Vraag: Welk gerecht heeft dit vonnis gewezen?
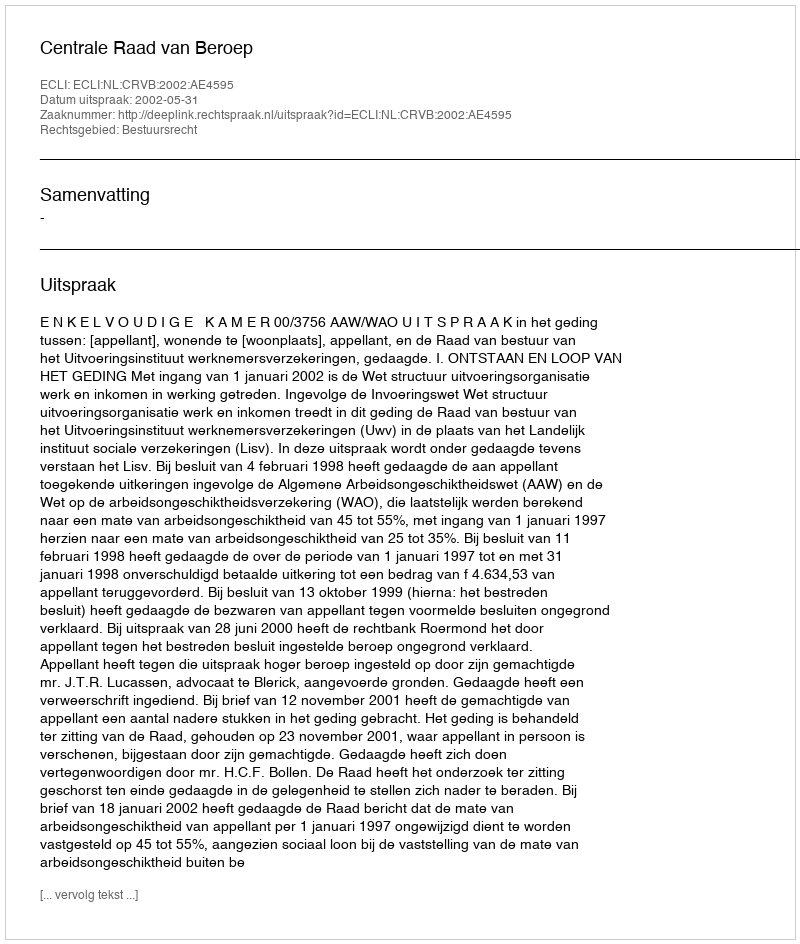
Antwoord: Centrale Raad van Beroep